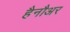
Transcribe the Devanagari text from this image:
हैनौअर